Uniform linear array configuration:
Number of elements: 64
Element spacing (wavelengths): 1
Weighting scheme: blackman
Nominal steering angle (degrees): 45
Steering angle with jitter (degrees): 46.866
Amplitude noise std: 0.05
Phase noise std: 0.05

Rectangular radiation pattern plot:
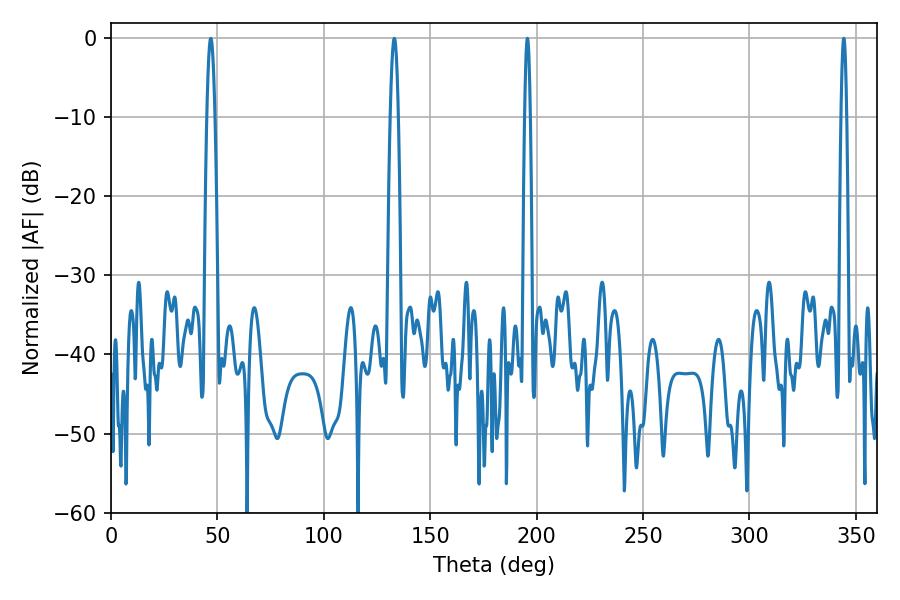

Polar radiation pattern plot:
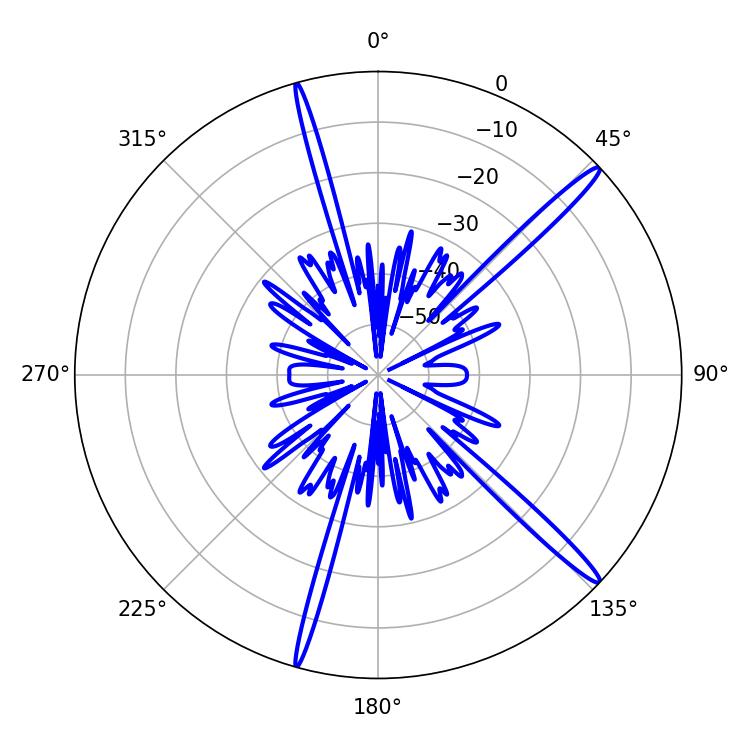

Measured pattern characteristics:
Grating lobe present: TRUE
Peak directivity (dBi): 16.665
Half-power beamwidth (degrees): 1.44
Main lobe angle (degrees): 195.66